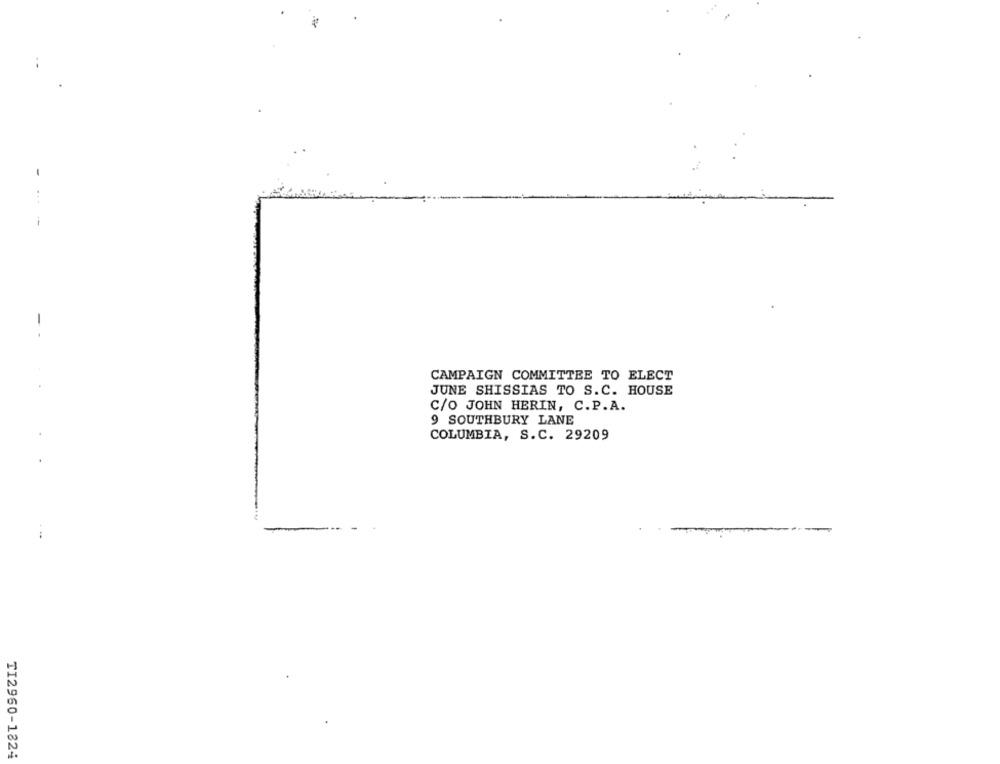
--
CAMPAIGN COMMITTEE TO ELECT
JUNE SHISSIAS TO S.C. HOUSE
C/O JOHN HERIN, C.P.A.
9 SOUTHBURY LANE
COLUMBIA, S.C. 29209
. .
TI2960-1824